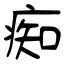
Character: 痴